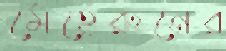
মেহেরুনের